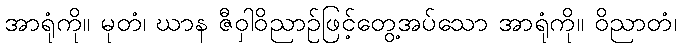
အာရုံကို။ မုတံ၊ ဃာန ဇီဝှါဝိညာဉ်ဖြင့်တွေ့အပ်သော အာရုံကို။ ဝိညာတံ၊